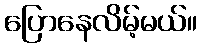
ပြောနေလိမ့်မယ်။